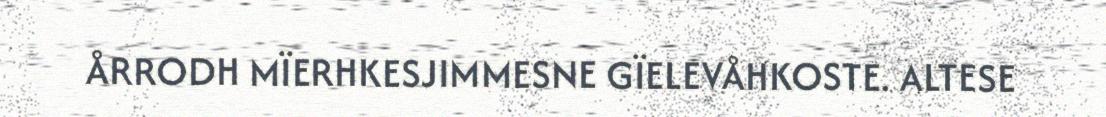
ÅRRODH MÏERHKESJIMMESNE GÏELEVÅHKOSTE. ALTESE